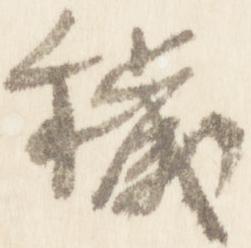
穢